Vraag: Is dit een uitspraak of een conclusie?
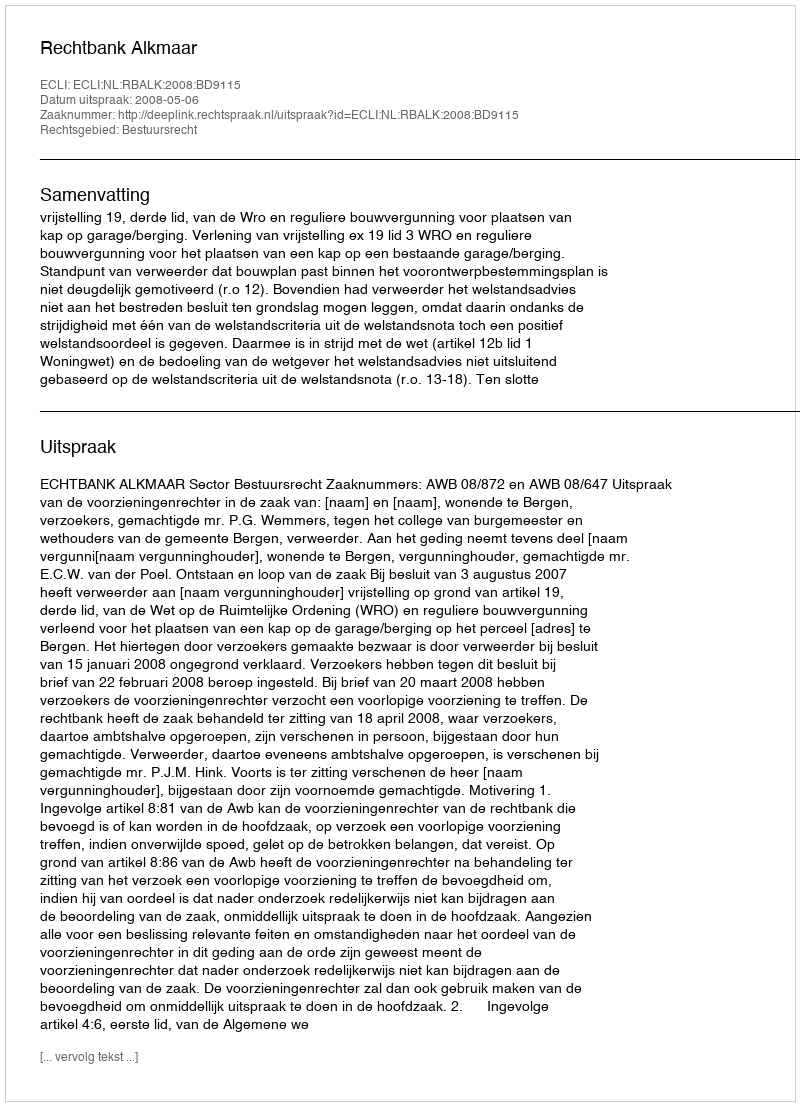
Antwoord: Uitspraak